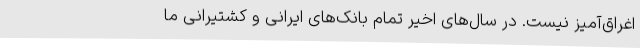
اغراق‌آمیز نیست. در سال‌های اخیر تمام بانک‌های ایرانی و کشتیرانی ما